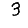
Digit: 3